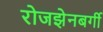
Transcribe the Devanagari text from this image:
रोजझेनबर्गी